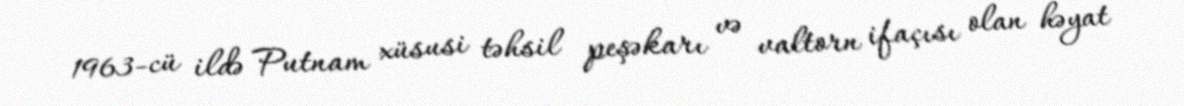
1963-cü ildə Putnam xüsusi təhsil peşəkarı və valtorn ifaçısı olan həyat